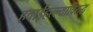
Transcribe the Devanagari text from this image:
हवाईहल्ल्याविरुद्ध